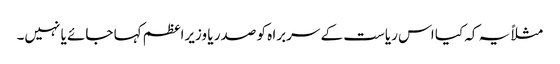
مثلاً یہ کہ کیا اس ریاست کے سربرا ہ کو صدر یا وزیراعظم کہا جائے یا نہیں۔